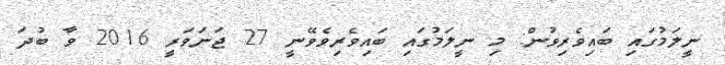
ނީލަމުގައި ބައިވެރިވުން: މި ނީލަމުގައި ބައިވެރިވެވޭނީ 27 ޖަނަވަރީ 2016 ވާ ބުދަ